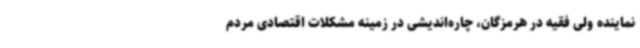
نماینده ولی فقیه در هرمزگان، چاره‌اندیشی در زمینه مشکلات اقتصادی مردم